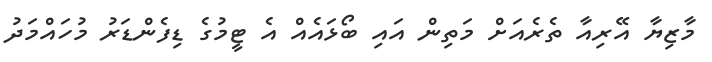
މާޒިޔާ އޭރިއާ ތެރެއަށް މަތިން އައި ބޯޅައެއް އެ ޓީމުގެ ޑިފެންޑަރު މުހައްމަދު